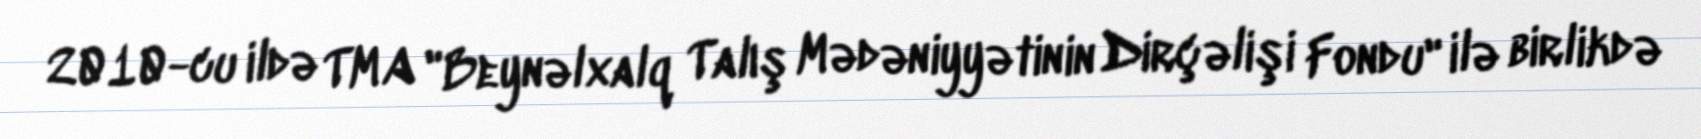
2010-cu ildə TMA "Beynəlxalq Talış Mədəniyyətinin Dirçəlişi Fondu" ilə birlikdə